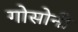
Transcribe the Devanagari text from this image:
गोसोनी